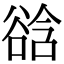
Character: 谽